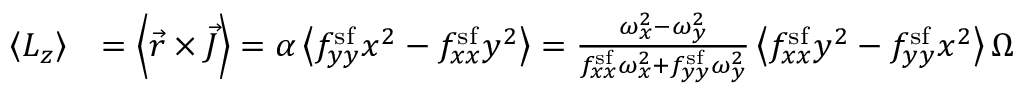
\begin{array} { r l } { \left< L _ { z } \right> } & { = \left< \vec { r } \times \vec { J } \right> = \alpha \left< f _ { y y } ^ { \mathrm { s f } } x ^ { 2 } - f _ { x x } ^ { \mathrm { s f } } y ^ { 2 } \right> = \frac { \omega _ { x } ^ { 2 } - \omega _ { y } ^ { 2 } } { f _ { x x } ^ { \mathrm { s f } } \omega _ { x } ^ { 2 } + f _ { y y } ^ { \mathrm { s f } } \omega _ { y } ^ { 2 } } \left< f _ { x x } ^ { \mathrm { s f } } y ^ { 2 } - f _ { y y } ^ { \mathrm { s f } } x ^ { 2 } \right> \Omega } \end{array}